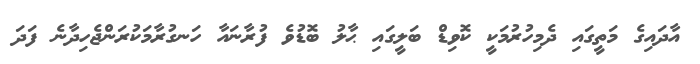
އާދައިގެ މަތީގައި ދެމިހުރުމަކީ ކޮވިޑް ބަލީގައި ޙާލު ބޮޑުވެ ފުރާނައާ ހަނގުރާމަކުރަންޖެހިދާނެ ފަދަ